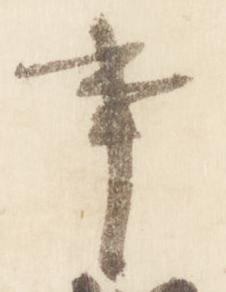
事